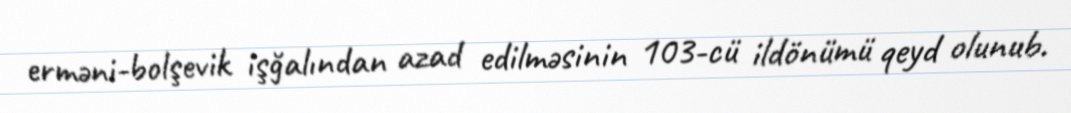
erməni-bolşevik işğalından azad edilməsinin 103-cü ildönümü qeyd olunub.